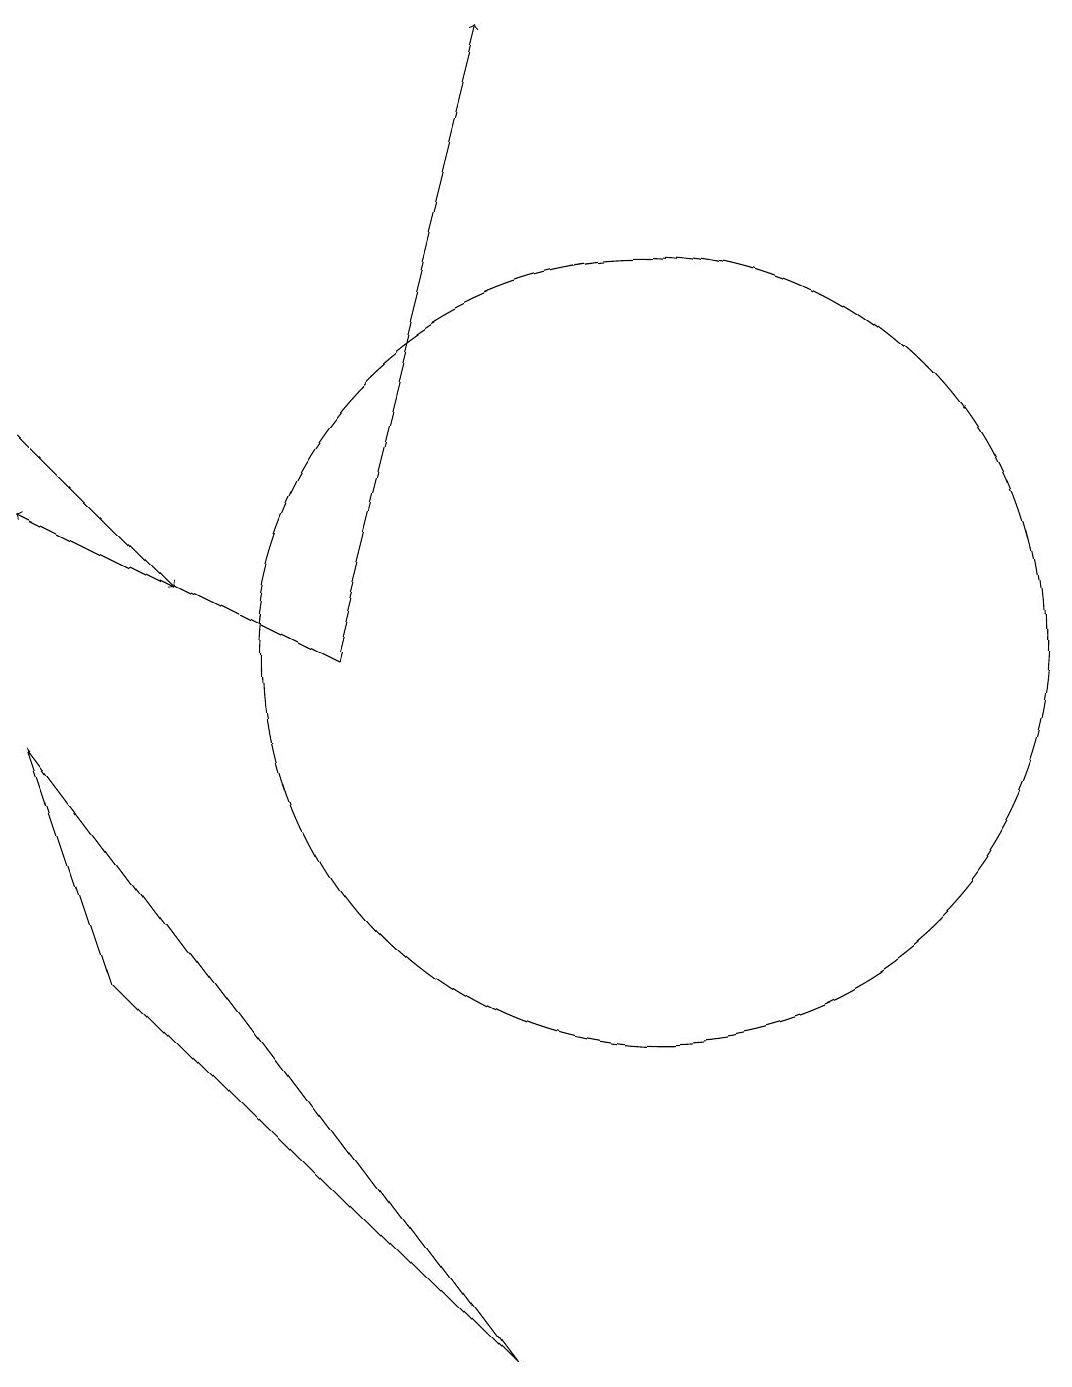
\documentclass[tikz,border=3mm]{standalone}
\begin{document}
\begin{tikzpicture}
\draw[->] (2,13) -- (4,11);
\draw (8,1) -- (2,9) -- (3,6) -- cycle;
\draw (10,10) circle (5);
\draw[->] (6,10) -- (2,12);
\draw[->] (6,10) -- (8,18);
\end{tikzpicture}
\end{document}